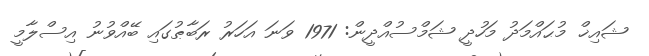
ޝައިޚް މުޙައްމަދު މަހުދީ ޝަމްސުއްދީން: 1971 ވަނަ އަހަރު ރަބާޠުގައި ބޭއްވުނު އިސްލާމީ